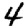
Digit: 4